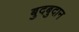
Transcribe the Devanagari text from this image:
बुदबुदान